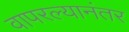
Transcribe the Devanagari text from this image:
वापरल्यानंतर